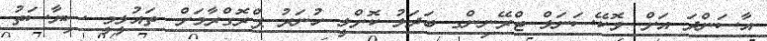
އާސަންދަ އަށް .ވޮކޭސަނަލް ޓްރޭނިންގ ބަދަލު ކޮށްލީ ހުނަރު ޕްރޮގްރާމަށް. ތައުލީމީ ސިޔާސަތު